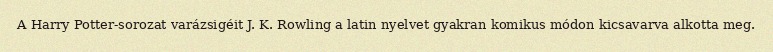
A Harry Potter-sorozat varázsigéit J. K. Rowling a latin nyelvet gyakran komikus módon kicsavarva alkotta meg.